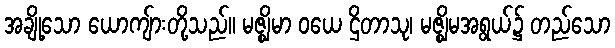
အချို့သော ယောကျ်ားတို့သည်။ မဇ္ဈိမာ ဝယေ ဌိတာသု၊ မဇ္ဈိမအရွယ်၌ တည်သော